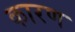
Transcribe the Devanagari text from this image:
कारण